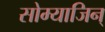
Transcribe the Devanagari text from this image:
सोम्याजिन्